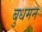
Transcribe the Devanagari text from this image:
बुधमन